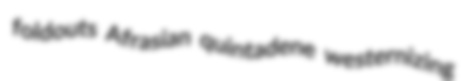
foldouts Afrasian quintadene westernizing